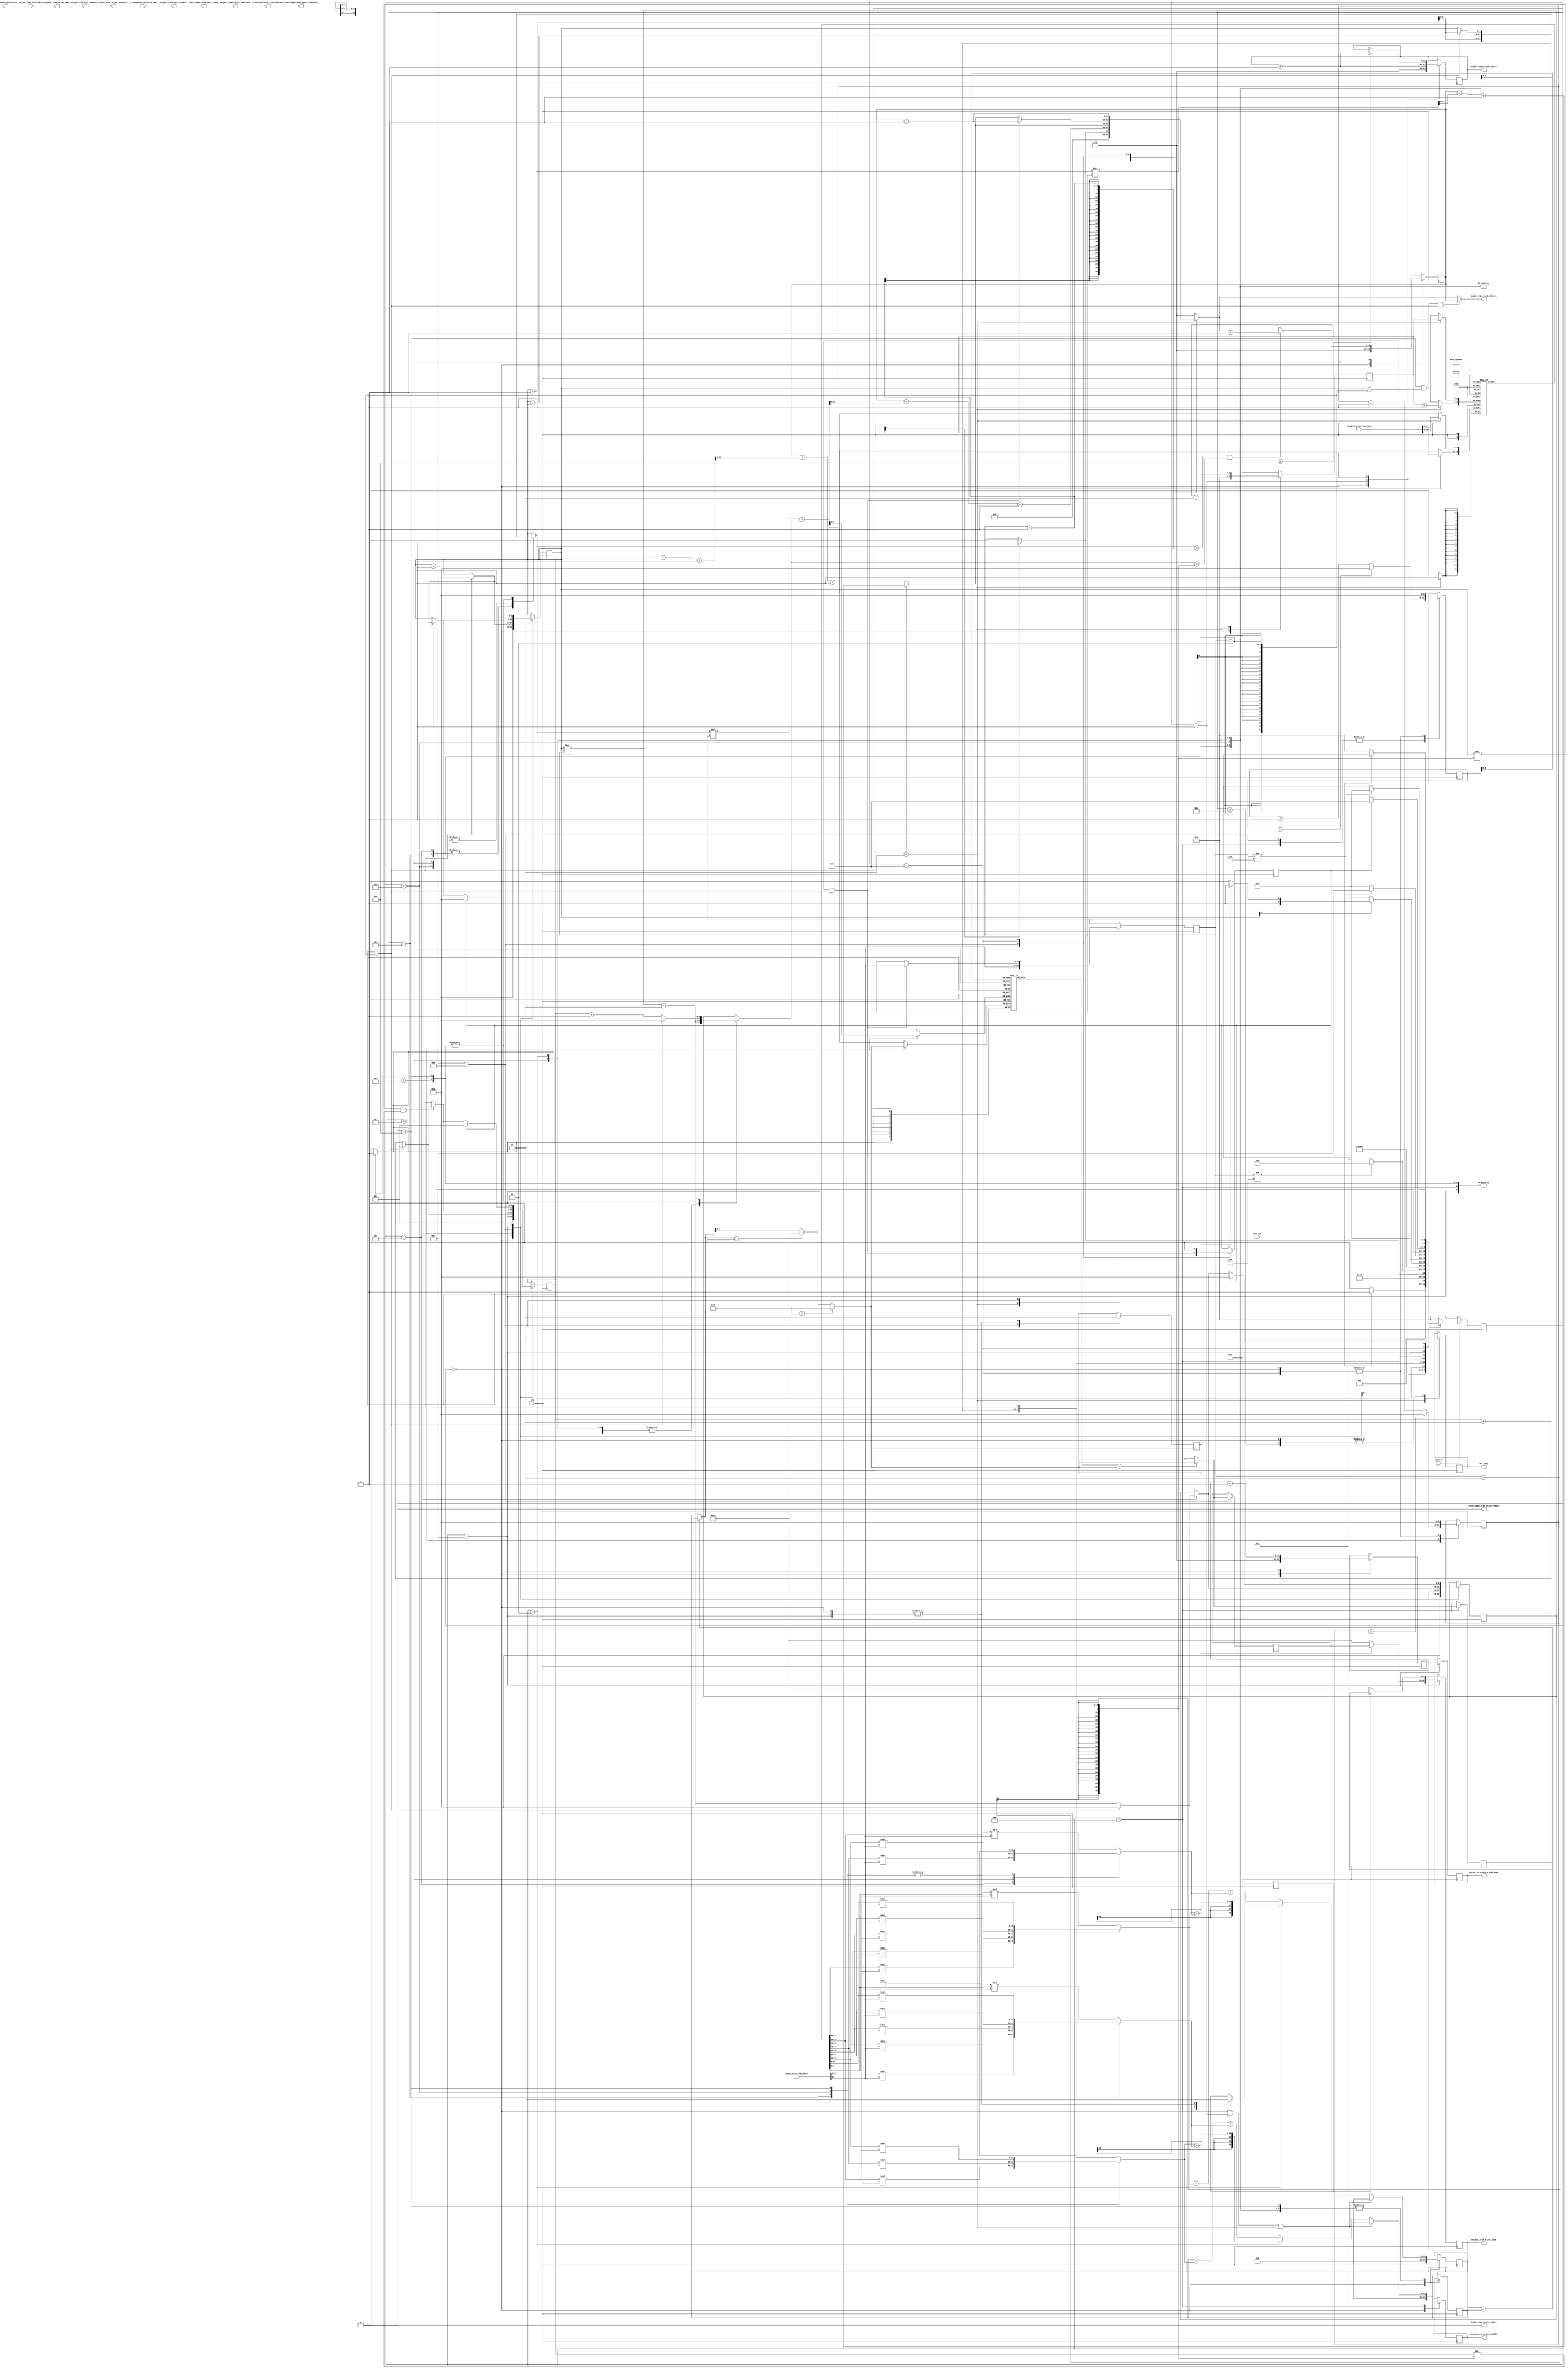
module MyDesign(
    //Control signals
      output reg        dut_busy                   ,
      input  wire       dut_run                    , 
      input  wire       reset_b                    ,  
      input  wire       clk                        ,
     
    //---------------------------------------------------------------------------
    //Input SRAM interface
      output            input_sram_write_enable    ,
      output reg [11:0] input_sram_write_addresss  ,
      output reg [15:0] input_sram_write_data      ,
      output     [11:0] input_sram_read_address    ,
      input wire [15:0] input_sram_read_data       ,
    
    //---------------------------------------------------------------------------
    //Output SRAM interface
      output reg        output_sram_write_enable    ,
      output reg [11:0] output_sram_write_addresss  ,
      output reg [15:0] output_sram_write_data      ,
      output reg [11:0] output_sram_read_address    ,
      input wire [15:0] output_sram_read_data       ,

    //---------------------------------------------------------------------------
    //scratchpad SRAM interface
      output            scratchpad_sram_write_enable    ,
      output reg [11:0] scratchpad_sram_write_addresss  ,
      output reg [15:0] scratchpad_sram_write_data      ,
      output reg [11:0] scratchpad_sram_read_address    ,
      input wire [15:0] scratchpad_sram_read_data       ,
    
    //---------------------------------------------------------------------------
    //Weights SRAM interface                                                       
      output reg        weights_sram_write_enable    ,
      output reg [11:0] weights_sram_write_addresss  ,
      output reg [15:0] weights_sram_write_data      ,
      output reg [11:0] weights_sram_read_address    ,
      input wire [15:0] weights_sram_read_data       

);

  //using local parameters to set names to fsm states--------------------------

  localparam reset_state              = 'd0;
  localparam pre_data_fetch_state     = 'd1;
  localparam initial_data_fetch_state = 'd2;
  localparam inter_conv1_state        = 'd3;
  localparam inter_conv2_state        = 'd4;
  localparam inter_conv3_state        = 'd5;
  localparam inter_conv4_state        = 'd6;
  localparam inter_conv5_state        = 'd7;
  localparam inter_conv6_state        = 'd8;
  localparam conv_compare_state       = 'd9;
  localparam max_pool1_state          = 'd10;
  localparam max_pool2_state          = 'd11;
  localparam write_to_output_sram     = 'd12;
  localparam next_data_fetch_state    = 'd13;
  localparam stop_state               = 'd14;

  //reg declarations-----------------------------------------------------------

  reg               ip_end_reg, 
                    even_max_pool_valid_bit, 
                    odd_max_pool_valid_bit;

  reg        [3:0]  current_state;
  reg        [3:0]  kernel_counter;

  reg        [7:0]  current_size_reg;
  reg        [5:0]  input_row_index;
  reg        [5:0]  input_col_index;
  reg        [5:0]  conv_row_index;
  reg        [5:0]  conv_even_col_index;
  reg        [5:0]  conv_odd_col_index;
  reg        [5:0]  max_pool_reg_write_ind;
  reg        [5:0]  max_pool_reg_read_ind;

  reg signed [7:0]  temp_even_max_pool_reg;
  reg signed [7:0]  temp_odd_max_pool_reg;
  reg signed [7:0]  k_reg_array             [8:0]; // 9 kernel elements of 1 byte each
  reg signed [7:0]  temp_max_pool_reg_array [30:0]; // 31 intermediate feature map registers for max_pooling stage

  reg        [11:0] static_base_addr;
  reg        [11:0] output_sram_addr;
  reg        [11:0] dynamic_base_addr;

  reg signed [15:0] multiplier_1_reg;
  reg signed [15:0] multiplier_2_reg;
  reg signed [15:0] multiplier_3_reg;
  reg signed [15:0] multiplier_4_reg;

  reg signed [19:0] mac0_reg;
  reg signed [19:0] mac1_reg;
  reg signed [19:0] temp_conv_mac0_output;
  reg signed [19:0] temp_conv_mac1_output;

  //wire declarations-----------------------------------------------------------------

  wire status_k_fetch_complete, status_last_index_arrived;

  wire signed [7:0]  temp_even_max_pool_out;
  wire signed [7:0]  temp_odd_max_pool_out;
  wire signed [7:0]  max_pool_out;

  wire signed [7:0]  ip_sram_read_msb_out;
  wire signed [7:0]  ip_sram_read_lsb_out;
  wire signed [7:0]  relued_max_out;
  wire signed [7:0]  temp_max_out;

  wire signed [19:0] max_feature_out;

  //wire definitions in data flow modelling

  //setting sram writes to 0
  assign input_sram_write_enable = 1'd0;
  assign scratchpad_sram_write_enable = 1'd0;

  //for reading from ip sram, calc address
  assign input_sram_read_address = ( (current_state == inter_conv6_state) && 
                                    (conv_row_index == current_size_reg - 3) && 
                                    (conv_odd_col_index == current_size_reg - 3) ) ? static_base_addr : dynamic_base_addr ;

  //2 data packets arrive in same address line
  assign ip_sram_read_lsb_out = input_sram_read_data[7:0];
  assign ip_sram_read_msb_out = input_sram_read_data[15:8];

  //kernel counter counts from 0 to n. when n reaches 'b100 kernel fetch is complete
  assign status_k_fetch_complete = kernel_counter[3];

  //calc end of conv states to calc next addr
  assign status_last_index_arrived = (input_row_index == current_size_reg - 1 && input_col_index    == current_size_reg - 2);

  //max pooling
  assign max_feature_out   = (mac0_reg > mac1_reg)      ? mac0_reg : mac1_reg;

  //relu
  assign max_pool_out      = temp_max_pool_reg_array[max_pool_reg_read_ind];

  assign temp_max_out      = (max_feature_out < 0)      ? 'd0      : max_feature_out;
  assign relued_max_out    = (max_feature_out > 'sd127) ? 'd127    : temp_max_out;

  assign temp_odd_max_pool_out  = (max_pool_out > relued_max_out) ? max_pool_out : relued_max_out;
  assign temp_even_max_pool_out = (max_pool_out > relued_max_out) ? max_pool_out : relued_max_out;

  /////////sequential logic modelling

  //when should we change states?
  always @(posedge clk) begin
    if(!reset_b) begin
      current_state <= 'd0;
    end
    else begin
      casex(current_state)
        reset_state: begin
          if(dut_run == 1)
            current_state <=  pre_data_fetch_state;
          else
            current_state <=  reset_state;
        end
        pre_data_fetch_state: begin
          current_state <=  initial_data_fetch_state;
        end
        initial_data_fetch_state: begin
          if(status_k_fetch_complete == 1'd1)
            current_state <=  inter_conv1_state;
          else
            current_state <=  initial_data_fetch_state;
        end
        inter_conv1_state: begin
          if(current_size_reg != 'hff)
            current_state <=  inter_conv2_state;
          else
            current_state <=  stop_state;
        end
        inter_conv2_state: begin
          current_state <=  inter_conv3_state;
        end
        inter_conv3_state: begin
          current_state <=  inter_conv4_state;
        end
        inter_conv4_state: begin
          current_state <=  inter_conv5_state;
        end
        inter_conv5_state: begin
          current_state <=  inter_conv6_state;
        end
        inter_conv6_state: begin
          if(conv_row_index[0] == 0)
            current_state <=  conv_compare_state;
          else if(even_max_pool_valid_bit == 1'd0)
            current_state <=  max_pool1_state;
          else if(even_max_pool_valid_bit == 1'd1) 
            current_state <=  max_pool2_state;
        end
        conv_compare_state: begin
          current_state <=  inter_conv1_state;
        end
        max_pool1_state: begin
          if(conv_row_index == current_size_reg - 3 && conv_odd_col_index == current_size_reg - 3)
            current_state <=  write_to_output_sram;
          else
            current_state <=  inter_conv1_state;
        end
        max_pool2_state: begin
          current_state <=  write_to_output_sram;
        end
        write_to_output_sram: begin
          if(ip_end_reg == 1'd1)
            current_state <=  next_data_fetch_state;
          else
            current_state <=  inter_conv1_state;
        end
        next_data_fetch_state: begin
          if(current_size_reg != 'd63)//h3f
            current_state <=  inter_conv1_state;
          else
            current_state <=  stop_state;
        end
        stop_state: begin
          if(dut_run == 1'd0)
            current_state <=  reset_state;
          else
            current_state <=  stop_state;

        end
        default: begin
            current_state <=  reset_state;
        end
      endcase
    end
  end

  //when we are in a current_state, what must happen for every clock cycle?
  always @(posedge clk) begin
    casex(current_state)

      reset_state: begin
        weights_sram_read_address   <= 'd0;
        kernel_counter              <= 'd0;
        mac0_reg                    <= 'd0;
        mac1_reg                    <= 'd0;
        static_base_addr            <= 'd0;
        conv_row_index              <= 'd0;
        conv_even_col_index         <= 'd0;
        conv_odd_col_index          <= 'd1;
        max_pool_reg_write_ind      <= 'd0;
        max_pool_reg_read_ind       <= 'd0;
        output_sram_addr            <= 'd0;
        dut_busy                    <= 'd0;
        even_max_pool_valid_bit     <= 'd0;
        odd_max_pool_valid_bit      <= 'd0;
        output_sram_write_enable    <= 'd0;
      end

      pre_data_fetch_state: begin
        weights_sram_read_address <= weights_sram_read_address + 1'd1;
      end

      initial_data_fetch_state: begin
        k_reg_array[kernel_counter     ] <= weights_sram_read_data[15:8];
        k_reg_array[kernel_counter + 1 ] <= weights_sram_read_data[7:0];
        kernel_counter <= kernel_counter + 2;
        current_size_reg <= input_sram_read_data[7:0];
        dut_busy <= 'd1;

        if (kernel_counter <= 8) begin
          weights_sram_read_address <= weights_sram_read_address + 1'd1;
        end
      end

      inter_conv1_state,
      inter_conv2_state,
      inter_conv3_state,
      inter_conv4_state,
      inter_conv6_state: begin 
        mac1_reg <= temp_conv_mac1_output;
        mac0_reg <= temp_conv_mac0_output;
      end

      //inorder to start calculating next conv elems from conv_compare_state we need the addr to be "available" in conv6 state.
      inter_conv5_state: begin
        mac1_reg <= temp_conv_mac1_output;
        mac0_reg <= temp_conv_mac0_output;
        if(status_last_index_arrived == 1) begin
          static_base_addr <= dynamic_base_addr + 1'd1;
        end
      end

      conv_compare_state: begin
        temp_max_pool_reg_array[max_pool_reg_write_ind] <= relued_max_out; 

        if(max_pool_reg_write_ind == 'd30) begin
          max_pool_reg_write_ind <= 'd0;
        end
        else begin
          max_pool_reg_write_ind <= max_pool_reg_write_ind + 1'd1;
        end
        if (conv_odd_col_index == current_size_reg - 3) begin
          conv_row_index <= conv_row_index + 1'd1;
          conv_even_col_index <= 'd0;
          conv_odd_col_index <= 'd1;
        end
        else begin
          conv_row_index <= conv_row_index;
          conv_even_col_index <= conv_even_col_index + 'd2;
          conv_odd_col_index <= conv_odd_col_index + 'd2;
        end
      end

      max_pool1_state: begin

        temp_even_max_pool_reg <= temp_even_max_pool_out;
        even_max_pool_valid_bit <= 1'd1;
        ip_end_reg <= (conv_row_index  == current_size_reg - 3 && conv_odd_col_index == current_size_reg - 3); //input ended
        
        if(max_pool_reg_read_ind == 'd30) begin
          max_pool_reg_read_ind <= 'd0;
        end
        else begin
          max_pool_reg_read_ind <= max_pool_reg_read_ind + 1'd1;
        end

        if(conv_row_index == current_size_reg - 3 && conv_odd_col_index == current_size_reg -3) begin
          current_size_reg <= input_sram_read_data[07:00];
        end
        if(conv_row_index != current_size_reg - 2 && conv_odd_col_index != current_size_reg - 2) begin
          if (conv_odd_col_index == current_size_reg - 3) begin
            conv_row_index <= conv_row_index + 1'd1;
            conv_even_col_index <= 'd0;
            conv_odd_col_index <= 'd1;
          end
          else begin
            conv_row_index <= conv_row_index;
            conv_even_col_index <= conv_even_col_index + 'd2;
            conv_odd_col_index <= conv_odd_col_index + 'd2;
          end
        end
      end

      max_pool2_state: begin
        temp_odd_max_pool_reg <= temp_odd_max_pool_out;
        odd_max_pool_valid_bit <= 1'd1;
        output_sram_write_enable  <= 1'd1;
        if(max_pool_reg_read_ind == 'd30) begin //check
          max_pool_reg_read_ind <= 'd0;
        end
        else begin
          max_pool_reg_read_ind <= max_pool_reg_read_ind + 1'd1;
        end
      end

      write_to_output_sram: begin
        output_sram_write_addresss <= output_sram_addr;
        output_sram_addr <= output_sram_addr + 1'd1;

        //grouping data to write two data in single line
        output_sram_write_data <= { 
                                    (even_max_pool_valid_bit ? (temp_even_max_pool_reg) : 8'd0), 
                                    (odd_max_pool_valid_bit  ? (temp_odd_max_pool_reg ) : 8'd0) 
                                  };

        if(conv_row_index != current_size_reg - 2 && conv_odd_col_index != current_size_reg - 2) begin
          if(conv_odd_col_index == current_size_reg - 3) begin
            conv_row_index <= conv_row_index + 1'd1;
            conv_even_col_index <= 'd0;
            conv_odd_col_index <= 'd1;
          end
          else begin
            conv_row_index <= conv_row_index;
            conv_even_col_index <= conv_even_col_index + 'd2;
            conv_odd_col_index <= conv_odd_col_index + 'd2;
          end
        end
        if(ip_end_reg == 1'd1) begin
          conv_row_index <= 1'd0;
          conv_even_col_index <= 1'd0;
          conv_odd_col_index <= 1'd1;
        end

        even_max_pool_valid_bit <= 'd0;
        odd_max_pool_valid_bit <= 'd0;

      end

      next_data_fetch_state: begin
        max_pool_reg_write_ind <= 'd0;
        max_pool_reg_read_ind <= 'd0;
        ip_end_reg <= 0;
      end

      stop_state: begin
        dut_busy <= 'd0;
      end
      
    endcase
  end

  //combinational logic modelling--------------------------------------------------

  //how does input row and column change ( to be used for data retrival ) when current state changes? 
  always@(*) begin
    casex(current_state)

      inter_conv1_state: begin
        input_row_index = conv_row_index;
        input_col_index = conv_even_col_index + 2;
      end

      inter_conv2_state: begin
        input_row_index = conv_row_index + 1;
        input_col_index = conv_even_col_index;
      end

      inter_conv3_state: begin
        input_row_index = conv_row_index + 1;
        input_col_index = conv_even_col_index + 2;
      end

      inter_conv4_state: begin
        input_row_index = conv_row_index + 2;
        input_col_index = conv_even_col_index;
      end

      inter_conv5_state: begin
        input_row_index = conv_row_index  + 2;
        input_col_index = conv_even_col_index + 2;    
      end

      inter_conv6_state: begin
        if (conv_odd_col_index == current_size_reg - 3)
          begin
            input_row_index = conv_row_index + 1; 
            input_col_index = 0;
          end
        else
          begin
            input_row_index = conv_row_index;
            input_col_index = conv_odd_col_index + 1;
          end
      end

      conv_compare_state: begin
        if (conv_odd_col_index == current_size_reg - 3)
          begin
            input_row_index = conv_row_index + 1; 
            input_col_index = 0;
          end
        else
          begin
            input_row_index = conv_row_index;
            input_col_index = conv_odd_col_index + 1;
          end
      end

      default: begin
        input_row_index = conv_row_index;
        input_col_index = conv_even_col_index;
      end
    endcase
  end

  //how does dynamic base address for fetching from input change for every change in state?
  always @(*) begin
    casex(current_state)
      reset_state: begin
        dynamic_base_addr = 'd0;
      end
      pre_data_fetch_state: begin
        dynamic_base_addr = 'd0;
      end
      initial_data_fetch_state: begin
        if(status_k_fetch_complete)
          dynamic_base_addr = 'd1;
        else
          dynamic_base_addr = 'd0;
      end
      
      inter_conv1_state,
      inter_conv2_state,
      inter_conv3_state,
      inter_conv4_state,
      inter_conv5_state: begin
        dynamic_base_addr   = static_base_addr + (((input_row_index*current_size_reg) + input_col_index ) >> 1 ) + 1;
      end
      
      inter_conv6_state,
      conv_compare_state,
      max_pool2_state,
      write_to_output_sram: begin 
        if(conv_odd_col_index == current_size_reg - 3)
          dynamic_base_addr = static_base_addr + (((conv_row_index+1)*current_size_reg)>>1) + 1'd1;
        else
          dynamic_base_addr = static_base_addr + ((conv_row_index*current_size_reg + conv_odd_col_index + 1'd1)>>1) + 1'd1;
      end
      max_pool1_state: begin
        if(conv_row_index == current_size_reg - 3 && conv_odd_col_index == current_size_reg - 3)
          dynamic_base_addr = static_base_addr + 1'd1;
        else begin
          if(conv_odd_col_index == current_size_reg - 3)
            dynamic_base_addr = static_base_addr + (((conv_row_index+1)*current_size_reg)>>1) + 1'd1;
          else
            dynamic_base_addr = static_base_addr + ((conv_row_index*current_size_reg + conv_odd_col_index + 1'd1)>>1) + 1'd1;
        end
      end
      next_data_fetch_state: begin
        dynamic_base_addr = static_base_addr + 1'd1;
      end
      stop_state: begin
        dynamic_base_addr = 'd0;
      end
      default: begin
        dynamic_base_addr = 'd0;
      end
    endcase
  end

  //conv is made of mult and accum. mult has a pattern of kernel values feeding into it for every conv state which is modelled here
  always@(*) begin
    casex(current_state)

    inter_conv2_state: begin
      multiplier_1_reg = (k_reg_array[2] * ip_sram_read_msb_out);
      multiplier_2_reg = 0;
      multiplier_3_reg = (k_reg_array[1] * ip_sram_read_msb_out);
      multiplier_4_reg = (k_reg_array[2] * ip_sram_read_lsb_out);
    end

    inter_conv3_state: begin
      multiplier_1_reg = (k_reg_array[3] * ip_sram_read_msb_out);
      multiplier_2_reg = (k_reg_array[4] * ip_sram_read_lsb_out);
      multiplier_3_reg = 0;
      multiplier_4_reg = (k_reg_array[3] * ip_sram_read_lsb_out);
    end

    inter_conv4_state: begin
      multiplier_1_reg = (k_reg_array[5] * ip_sram_read_msb_out);
      multiplier_2_reg = 0;
      multiplier_3_reg = (k_reg_array[4] * ip_sram_read_msb_out);
      multiplier_4_reg = (k_reg_array[5] * ip_sram_read_lsb_out);
    end

    inter_conv5_state: begin
      multiplier_1_reg = (k_reg_array[6] * ip_sram_read_msb_out);
      multiplier_2_reg = (k_reg_array[7] * ip_sram_read_lsb_out);
      multiplier_3_reg = 0;
      multiplier_4_reg = (k_reg_array[6] * ip_sram_read_lsb_out);
    end

    inter_conv6_state: begin
      multiplier_1_reg = (k_reg_array[8] * ip_sram_read_msb_out);
      multiplier_2_reg = 0;
      multiplier_3_reg = (k_reg_array[7] * ip_sram_read_msb_out);
      multiplier_4_reg = (k_reg_array[8] * ip_sram_read_lsb_out);
    end

    default: begin
        multiplier_1_reg = (k_reg_array[0] * ip_sram_read_msb_out);
        multiplier_2_reg = (k_reg_array[1] * ip_sram_read_lsb_out);
        multiplier_3_reg = 0;
        multiplier_4_reg = (k_reg_array[0] * ip_sram_read_lsb_out);
    end
    endcase
  end

  //conv is made of mult and accum. mult is taken care in seperate procedural block
  always @(*) begin

    if((current_state == reset_state) ||
      (current_state == pre_data_fetch_state) ||
      (current_state == initial_data_fetch_state))  begin
      temp_conv_mac0_output = 0;
      temp_conv_mac1_output = 0;
    end

    else if (current_state == inter_conv1_state)  begin
      temp_conv_mac0_output = multiplier_1_reg + multiplier_2_reg;
      temp_conv_mac1_output = multiplier_3_reg + multiplier_4_reg;
    end
    
    else begin
      temp_conv_mac0_output = mac0_reg + multiplier_1_reg + multiplier_2_reg;
      temp_conv_mac1_output = mac1_reg + multiplier_3_reg + multiplier_4_reg;
    end
  end

endmodule